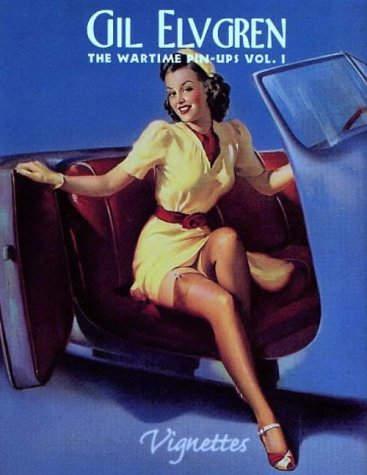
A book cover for Gil Elvgren:  The Wartime Pin-Ups  (Vignettes) (Vol 1); Max Allan Collins; Crafts, Hobbies & Home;